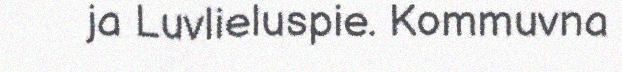
ja Luvlieluspie. Kommuvna